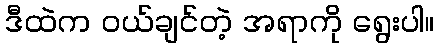
ဒီထဲက ဝယ်ချင်တဲ့ အရာကို ရွေးပါ။